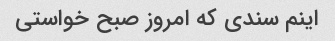
اینم سندی که امروز صبح خواستی